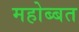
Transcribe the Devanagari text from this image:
महोब्बत